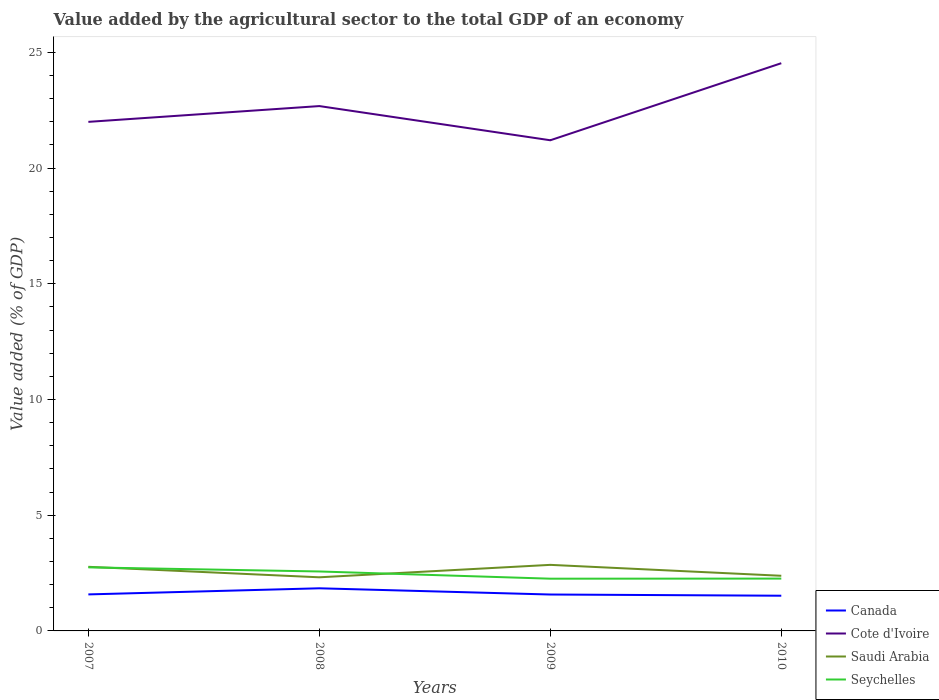
| Years | Canada | Cote d'Ivoire | Saudi Arabia | Seychelles |
 | --- | --- | --- | --- | --- |
 | 2007 | 1.58 | 22 | 2.77 | 2.75 |
 | 2008 | 1.84 | 22.7 | 2.32 | 2.57 |
 | 2009 | 1.57 | 21.2 | 2.85 | 2.26 |
 | 2010 | 1.52 | 24.5 | 2.38 | 2.26 |